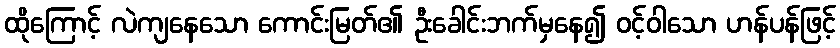
ထိုကြောင့် လဲကျနေသော ကောင်းမြတ်၏ ဦးခေါင်းဘက်မှနေ၍ ဝင့်ဝါသော ဟန်ပန်ဖြင့်